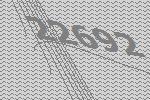
22692